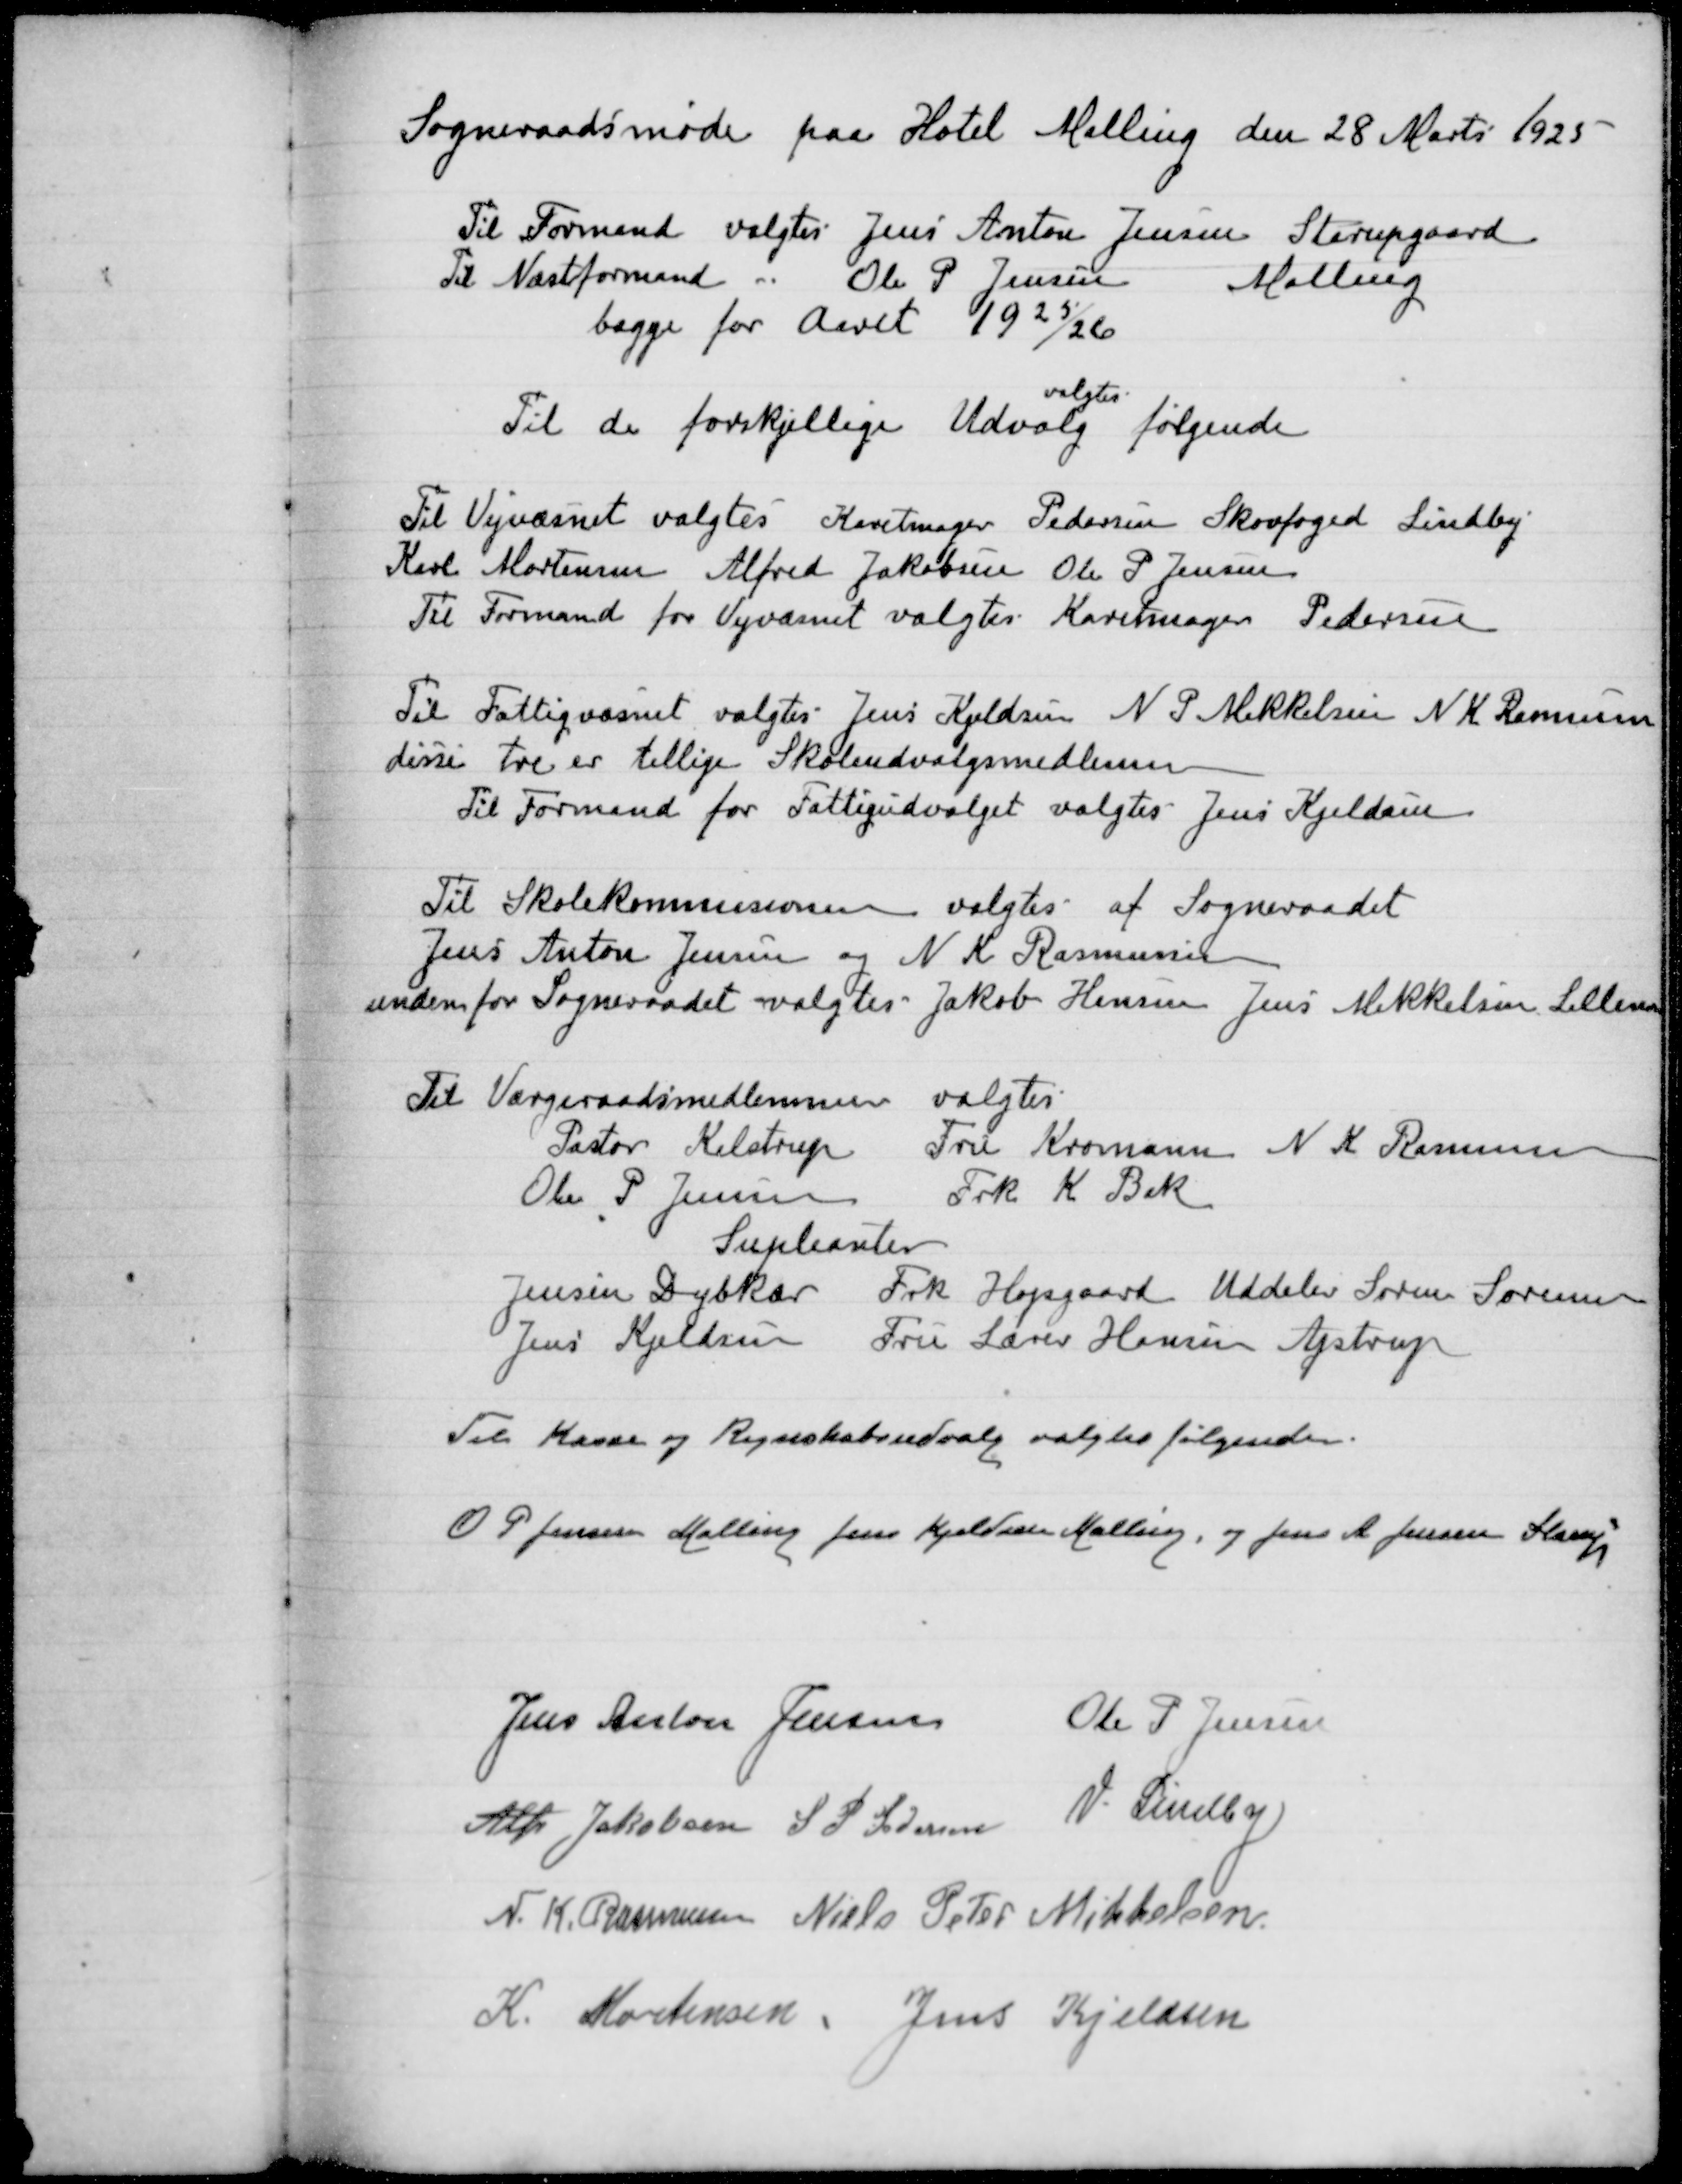
Transskription:
Sogneraadsmøde paa Hotel Malling den 28 Marts 1925
Til Formand valgtes Jens Anton Jensen Starupgaard
Til Næstformand " Ole P Jensen Malling
begge for Aaret 1925/26

valgtes
Til de forskellige Udvalg følgende

Til Vejvæsenet valgtes Karetmager Pedersen, Skovfoged Lindby
Karl Mortensen, Alfred Jakobsen Ole P Jensen
Til Formand for Vejvæsenet valgtes Karetmager Pedersen

Til Fattigvæsnet valgtes Jens Kjeldsen N P Mikkelsen N K Rasmussen
disse tre er tillige Skoleudvalgsmedlemer
Til formand for Fattigudvalget valgtes Jens Kjeldsen

Til Skolekommissionen valgtes af Sogneraadet
Jens Anton Jennsen og N K Rasmussen
undemfor Sogneraadet valgtes Jakob Hansen Jens Mikkelsen Lillenor

Til Værgeraadsmedlemmer valgtes
Pastor Kelstrup Fru Kromann N K Rasmussen
Ole P Jensen Frk K Bek
Supleanter
Jensin Dybkær Frk Hopsgaard Uddeler Søren Sørensen
Jens Kjeldsen Fru Lærer Hansine Ajstrup

Til Kasse og Regnskabsudvalg valgtes følgende:

O P Jensen Malling Jens Kjeldsen Malling, og Jens A Jensen Starup

Jens Anton Jensen
Ole P Jensen
Alfr Jakobsen
S P Pedersen
V Lindby
N K Rasmussen
Niels Peder Mikkelsen
K Mortensen
Jens Kjeldsen